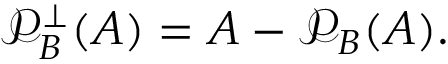
{ \mathcal { P } } _ { B } ^ { \perp } ( A ) = A - { \mathcal { P } } _ { B } ( A ) .